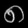
Digit: ၈